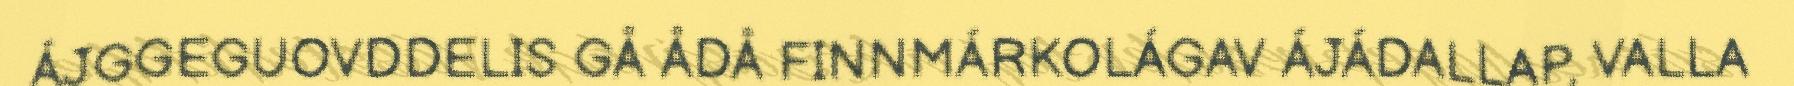
ÁJGGEGUOVDDELIS GÅ ÅDÅ FINNMÁRKOLÁGAV ÁJÁDALLAP, VALLA